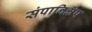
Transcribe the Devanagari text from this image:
संपानिक्षेप